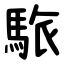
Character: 䮉